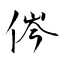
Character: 侺